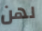
لهن